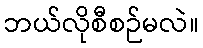
ဘယ်လိုစီစဉ်မလဲ။